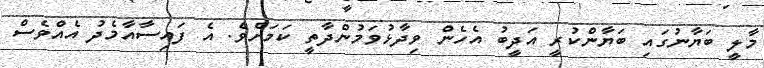
މާލީ ބަޔާނުގައި ބަޔާންކުރީ އަދީބު އެހެން ވިދާޅުވަމުންދާތީ ކަމަށެވެ. އެ ފައިސާއާމެދު އެއްވެސް